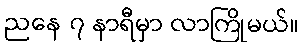
ညနေ ၇ နာရီမှာ လာကြိုမယ်။